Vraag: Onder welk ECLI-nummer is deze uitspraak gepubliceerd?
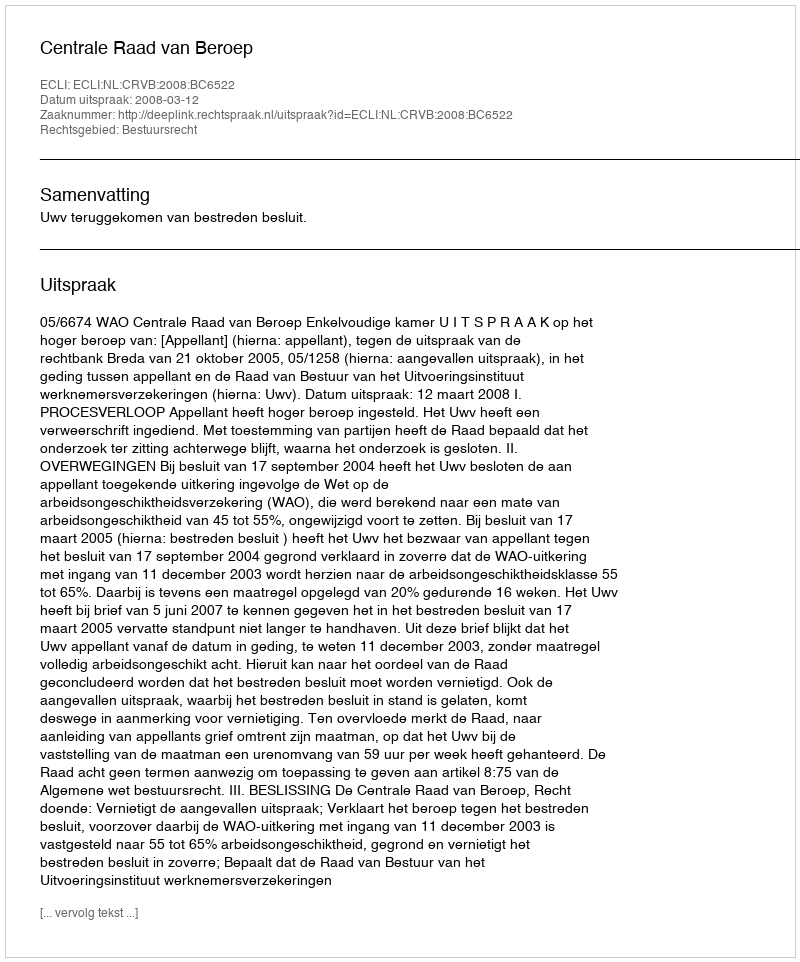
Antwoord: ECLI:NL:CRVB:2008:BC6522